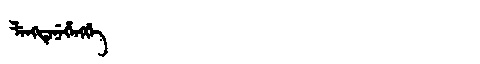
Manchu: ᠯᡝᠩᡨᡝᠨᡝᡥᡝᠩᡤᡝ
Romanization: LENGTENEHENGGE